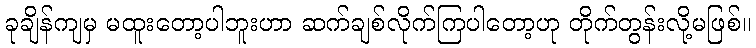
ခုချိန်ကျမှ မထူးတော့ပါဘူးဟာ ဆက်ချစ်လိုက်ကြပါတော့ဟု တိုက်တွန်းလို့မဖြစ်။